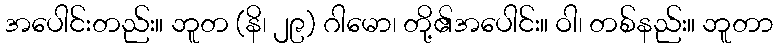
အပေါင်းတည်း။ ဘူတ (နိ၊ ၂၉) ဂါမော၊ တို့၏အပေါင်း။ ဝါ၊ တစ်နည်း။ ဘူတာ